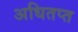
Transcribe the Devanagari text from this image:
अधितप्त